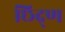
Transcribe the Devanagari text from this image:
छिद्ण